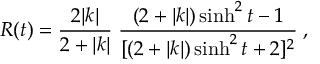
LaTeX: R ( t ) = \frac { 2 | k | } { 2 + | k | } \; \frac { ( 2 + | k | ) \sinh ^ { 2 } t - 1 } { [ ( 2 + | k | ) \sinh ^ { 2 } t + 2 ] ^ { 2 } } \; ,